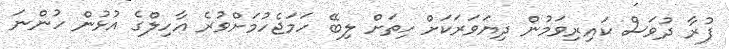
ފުރާ ދުވަސް ކައިރިވަމުން ދިޔަވަރަކަށް ހިތަށް ލިބޭ ހަމަޖެހުމަށްވުރެ އާހިލްގެ އުޅުން ހުންނަ